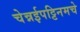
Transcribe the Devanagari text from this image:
चेन्नईपट्टिनमचे